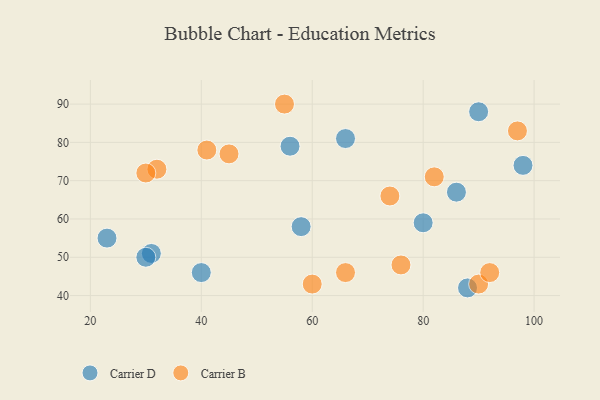
{"axis": {"x": "GDP", "y": "Life Expectancy"}, "legend": ["Carrier B", "Carrier D"], "data": [{"x": "23", "y": 55, "type": "Carrier D"}, {"x": "31", "y": 51, "type": "Carrier D"}, {"x": "30", "y": 50, "type": "Carrier D"}, {"x": "40", "y": 46, "type": "Carrier D"}, {"x": "90", "y": 88, "type": "Carrier D"}, {"x": "66", "y": 81, "type": "Carrier D"}, {"x": "80", "y": 59, "type": "Carrier D"}, {"x": "88", "y": 42, "type": "Carrier D"}, {"x": "56", "y": 79, "type": "Carrier D"}, {"x": "98", "y": 74, "type": "Carrier D"}, {"x": "86", "y": 67, "type": "Carrier D"}, {"x": "58", "y": 58, "type": "Carrier D"}, {"x": "60", "y": 43, "type": "Carrier B"}, {"x": "82", "y": 71, "type": "Carrier B"}, {"x": "76", "y": 48, "type": "Carrier B"}, {"x": "55", "y": 90, "type": "Carrier B"}, {"x": "90", "y": 43, "type": "Carrier B"}, {"x": "41", "y": 78, "type": "Carrier B"}, {"x": "32", "y": 73, "type": "Carrier B"}, {"x": "92", "y": 46, "type": "Carrier B"}, {"x": "74", "y": 66, "type": "Carrier B"}, {"x": "45", "y": 77, "type": "Carrier B"}, {"x": "30", "y": 72, "type": "Carrier B"}, {"x": "97", "y": 83, "type": "Carrier B"}, {"x": "66", "y": 46, "type": "Carrier B"}]}